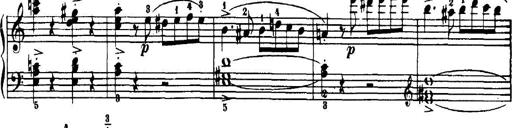
Title: 7 Sonatinas
Composer: Anton Diabelli